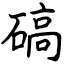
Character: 碻